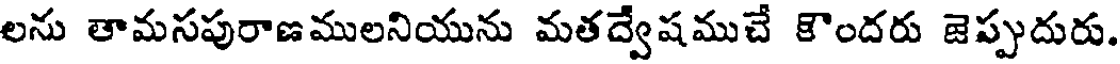
లను తామసపురాణములనియును మతద్వేషముచే కొందరు జెప్పుదురు.